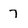
Character: 7